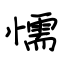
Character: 懦